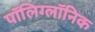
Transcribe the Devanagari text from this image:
पॉलिग्लॉनिक